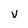
Character: V